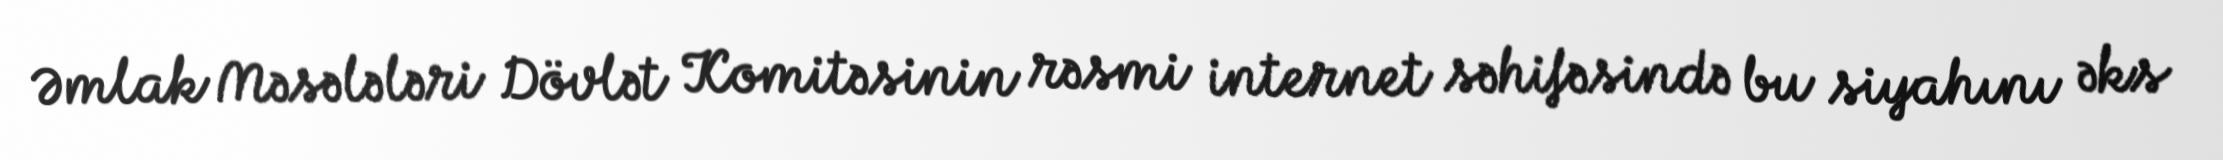
Əmlak Məsələləri Dövlət Komitəsinin rəsmi internet səhifəsində bu siyahını əks